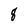
Character: 8